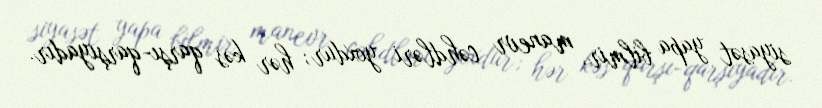
siyasət yapa bilmir, manevr cəhdləri yoxdur; hər kəs qarşı-qarşıyadır.